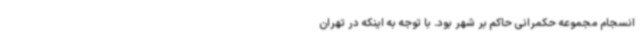
انسجام مجموعه حکمرانی حاکم بر شهر بود. با توجه به اینکه در تهران